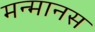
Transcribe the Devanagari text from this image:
मन्मानस